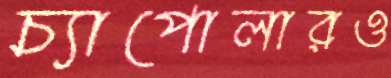
চ্যাপোলারও